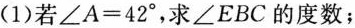
(1)若$$∠ A = 4 2 °$$，求∠EBC的度数；